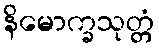
နိမောက္ခသုတ္တံ